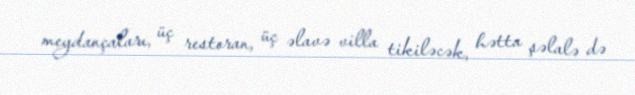
meydançaları, üç restoran, üç əlavə villa tikiləcək, hətta şəlalə də